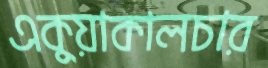
একুয়াকালচার